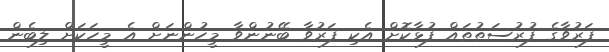
ފަރުވާގެ ފުރުސަތުތައް ފުޅާކޮށް އެކި ފަރުވާ ބޭނުންވާ މީހުންނަށް އެ މީހަކަށް ލިބެން